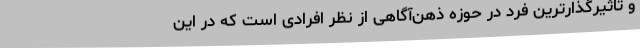
و تاثیرگذارترین فرد در حوزه ذهن‌آگاهی از نظر افرادی است که در این